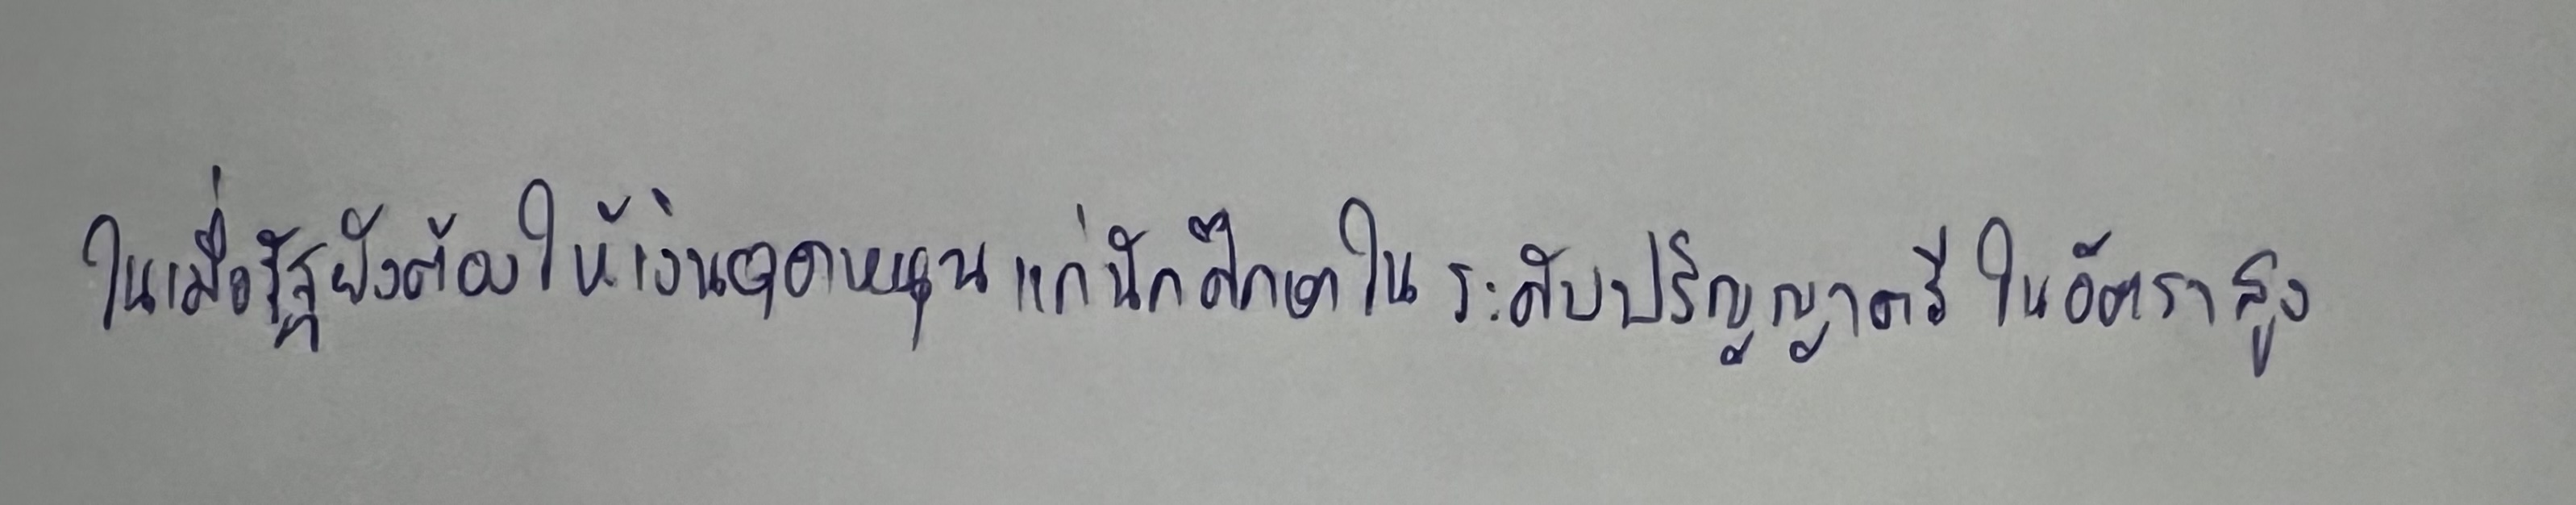
ในเมื่อรัฐยังต้องให้เงินอุดหนุนแก่นักศึกษาในระดับปริญญาตรีในอัตราสูง